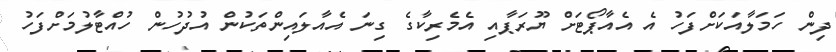
ދިން ހަމަލާއަކަށްފަހު އެ އެއާޕޯޓަށް ޔޫރަޕާއި އެމެރިކާގެ ގިނަ އެއާލައިންތަކުން އުދުހުން ހުއްޓާލުމަށްފަހު